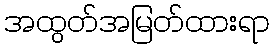
အထွတ်အမြတ်ထားရာ